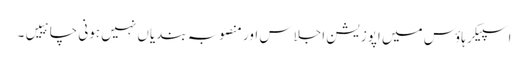
اسپیکر ہاؤس میں اپوزیشن اجلاس اور منصوبہ بندیاں نہیں ہونی چاہییں۔